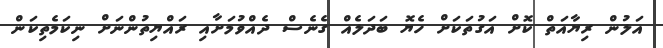
އަލުން ރިޔާއަތް ކޮށް އަގުތަކަށް ހެޔޮ ބަދަލެއް ގެނެސް ދެއްވުމަށާއި ރައްޔިތުންނަށް ނިކަމެތިކަން